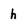
Character: h